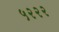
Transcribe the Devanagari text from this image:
५२२२